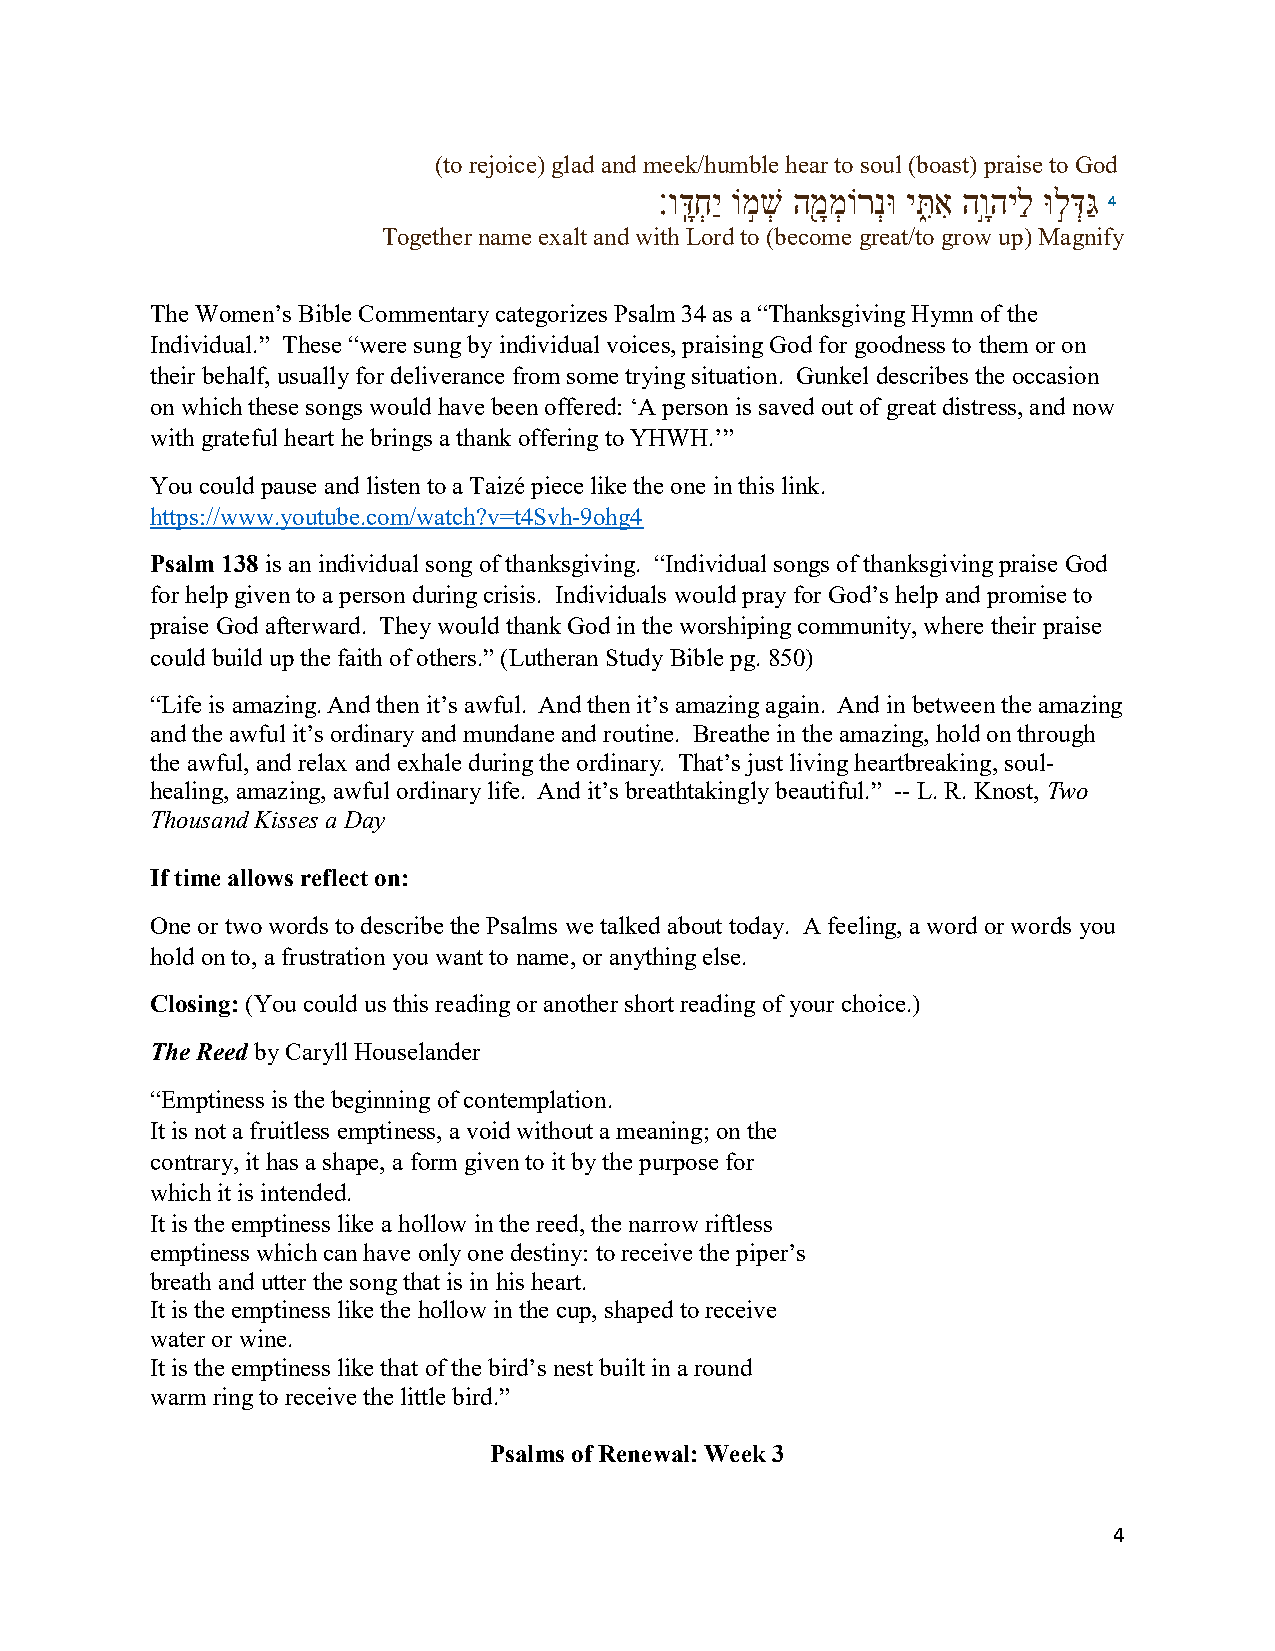
(to rejoice) glad and meek/humble hear to soul (boast) praise to God
 ׃ודָּֽ חְ יַ וֹמ֣ שְׁ המָ֖ מְ וֹרנְ וּ יתִּ֑ אִ הוָ֣הילַ וּל֣ דְּ גַּ
 4
 Together name exalt and with Lord to (become great/to grow up) Magnify
 The Women’s Bible Commentary categorizes Psalm 34 as a “Thanksgiving Hymn of the
 Individual.” These “were sung by individual voices, praising God for goodness to them or on
 their behalf, usually for deliverance from some trying situation. Gunkel describes the occasion
 on which these songs would have been offered: ‘A person is saved out of great distress, and now
 with grateful heart he brings a thank offering to YHWH.’”
 You could pause and listen to a Taizé piece like the one in this link.
 https://www.youtube.com/watch?v=t4Svh-9ohg4
 Psalm 138 is an individual song of thanksgiving. “Individual songs of thanksgiving praise God
 for help given to a person during crisis. Individuals would pray for God’s help and promise to
 praise God afterward. They would thank God in the worshiping community, where their praise
 could build up the faith of others.” (Lutheran Study Bible pg. 850)
 “Life is amazing. And then it’s awful. And then it’s amazing again. And in between the amazing
 and the awful it’s ordinary and mundane and routine. Breathe in the amazing, hold on through
 the awful, and relax and exhale during the ordinary. That’s just living heartbreaking, soul-
 healing, amazing, awful ordinary life. And it’s breathtakingly beautiful.” -- L. R. Knost, Two
 Thousand Kisses a Day
 If time allows reflect on:
 One or two words to describe the Psalms we talked about today. A feeling, a word or words you
 hold on to, a frustration you want to name, or anything else.
 Closing: (You could us this reading or another short reading of your choice.)
 The Reed by Caryll Houselander
 “Emptiness is the beginning of contemplation.
 It is not a fruitless emptiness, a void without a meaning; on the
 contrary, it has a shape, a form given to it by the purpose for
 which it is intended.
 It is the emptiness like a hollow in the reed, the narrow riftless
 emptiness which can have only one destiny: to receive the piper’s
 breath and utter the song that is in his heart.
 It is the emptiness like the hollow in the cup, shaped to receive
 water or wine.
 It is the emptiness like that of the bird’s nest built in a round
 warm ring to receive the little bird.”
 Psalms of Renewal: Week 3
 4